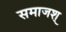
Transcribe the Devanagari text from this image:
समाजश्